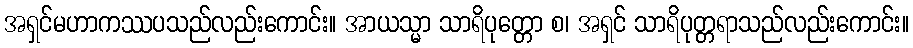
အရှင်မဟာကဿပသည်လည်းကောင်း။ အာယသ္မာ သာရိပုတ္တော စ၊ အရှင် သာရိပုတ္တရာသည်လည်းကောင်း။